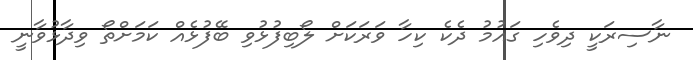
ނާސިރަކީ ދިވެހި ގައުމު ދެކެ ކިހާ ވަރަކަށް ލޯބިފުޅުވި ބޭފުޅެއް ކަމަށްތޯ ވިދާޅުވާނީ